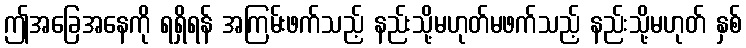
ဤအခြေအနေကို ရရှိရန် အကြမ်းဖက်သည့် နည်းသို့မဟုတ်မဖက်သည့် နည်းသို့မဟုတ် နှစ်